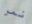
نمر